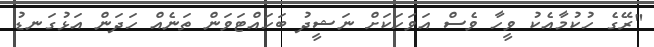
"ރޭގެ ހުކުމާއެކު ވީހާ ވެސް އަވަހަކަށް ނަޝީދު ބަހައްޓަވަން ތަނެއް ހަދަން އަޅުގަނޑު